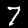
Label: 7